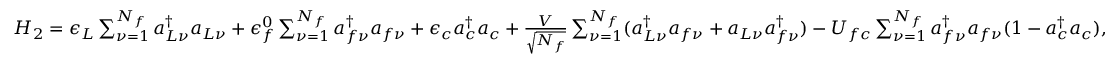
\begin{array} { r } { H _ { 2 } = \epsilon _ { L } \sum _ { \nu = 1 } ^ { N _ { f } } a _ { L \nu } ^ { \dag } a _ { L \nu } + \epsilon _ { f } ^ { 0 } \sum _ { \nu = 1 } ^ { N _ { f } } a _ { f \nu } ^ { \dag } a _ { f \nu } + \epsilon _ { c } a _ { c } ^ { \dag } a _ { c } + \frac { V } { \sqrt { N _ { f } } } \sum _ { \nu = 1 } ^ { N _ { f } } ( a _ { L \nu } ^ { \dag } a _ { f \nu } + a _ { L \nu } a _ { f \nu } ^ { \dag } ) - U _ { f c } \sum _ { \nu = 1 } ^ { N _ { f } } a _ { f \nu } ^ { \dag } a _ { f \nu } ( 1 - a _ { c } ^ { \dag } a _ { c } ) , } \end{array}